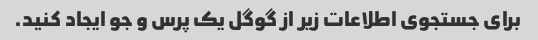
برای جستجوی اطلاعات زیر از گوگل یک پرس و جو ایجاد کنید.